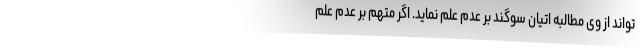
تواند از وی مطالبه اتیان سوگند بر عدم علم نماید. اگر متهم بر عدم علم